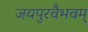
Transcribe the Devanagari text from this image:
जयपुरवैभवम्